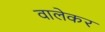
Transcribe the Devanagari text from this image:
वालेकर